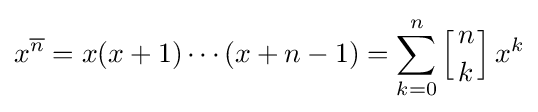
x^{\overline {n}}=x(x+1)\cdots (x+n-1)=\sum _{k=0}^{n}\left[{n \atop k}\right]x^{k}